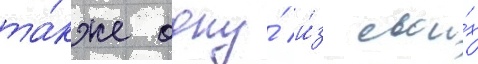
та́кже одну́ и́з свои́х